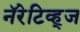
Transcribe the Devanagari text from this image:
नॅरेटिव्ह्‌ज